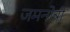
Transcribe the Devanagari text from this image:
जमनोत्री